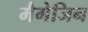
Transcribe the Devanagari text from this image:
मैगेजिन